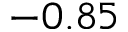
- 0 . 8 5